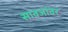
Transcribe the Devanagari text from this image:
सावजांवर